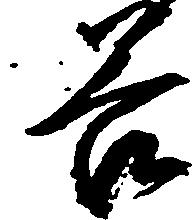
谷